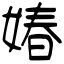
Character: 媋